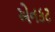
એનકટ